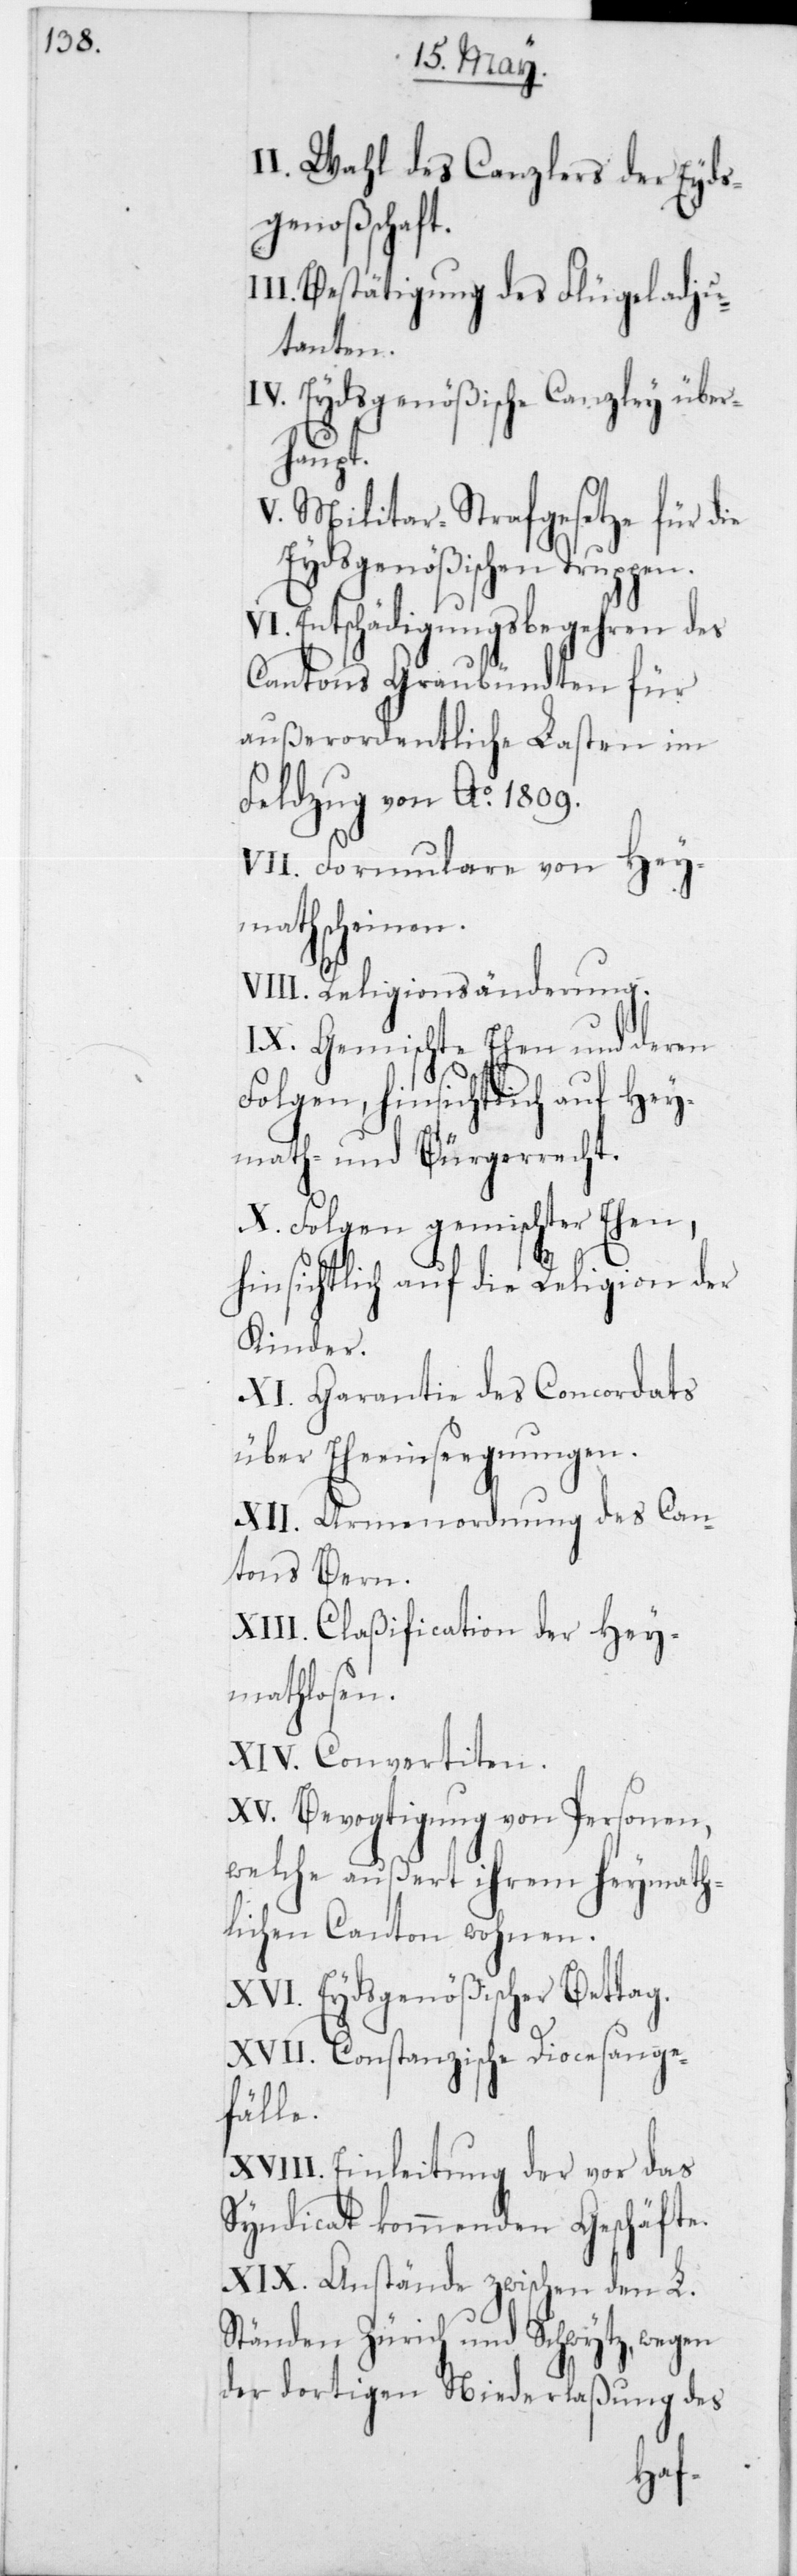
I. Wahl des Canzlers der Eyds¬
genoßenschaft.
II. Bestätigung des Flügeladju¬
tanten.
IV. Eydsgenößische Canzley über¬
corda¬
Militar-Strafgesetze für die
Eydsgenößischen Truppen.
Entschädigungsbe¬
Cantons Graubündten für
außerordentliche Lasten
Feldzug von Ao 1809.
VII. Formulare von Hey¬
mathscheinen.
VIII. Religionsänderung.
deren
IX. Gemischte Ehen und
Folgen, hinsichtlich a¬
ymath- und Bürgerrech¬
X. Folgen gemisch¬
hinsichtlich auf die Religion der
Kinder.
ts
XI. Garantie des Con¬
über Eheeinsegnungen.
XII. Armenordnung des Can¬
tons Bern.
XIII. Claßification der Hey¬
mathlosen.
XIV. Convertiten.
XV. Bevogtigung von Per¬
sonen,
welche außert ihrem Heymath¬
lichen Canton wohnen.
XVI. Eydsgenößischer Bettag.
XVII. Constanzische Diocesange¬
fälle.
XVIII. Einleitung der vor das
Syndicat kommenden Geschäfte.
XIX. Anstände zwischen den L.
Ständen Zürich und Schwytz, wegen
der dortigen Niederlaßung des